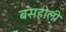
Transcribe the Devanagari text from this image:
बसहोली